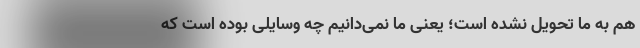
هم به ما تحویل نشده است؛ یعنی ما نمی‌دانیم چه وسایلی بوده است که